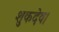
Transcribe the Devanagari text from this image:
शुकदेव।